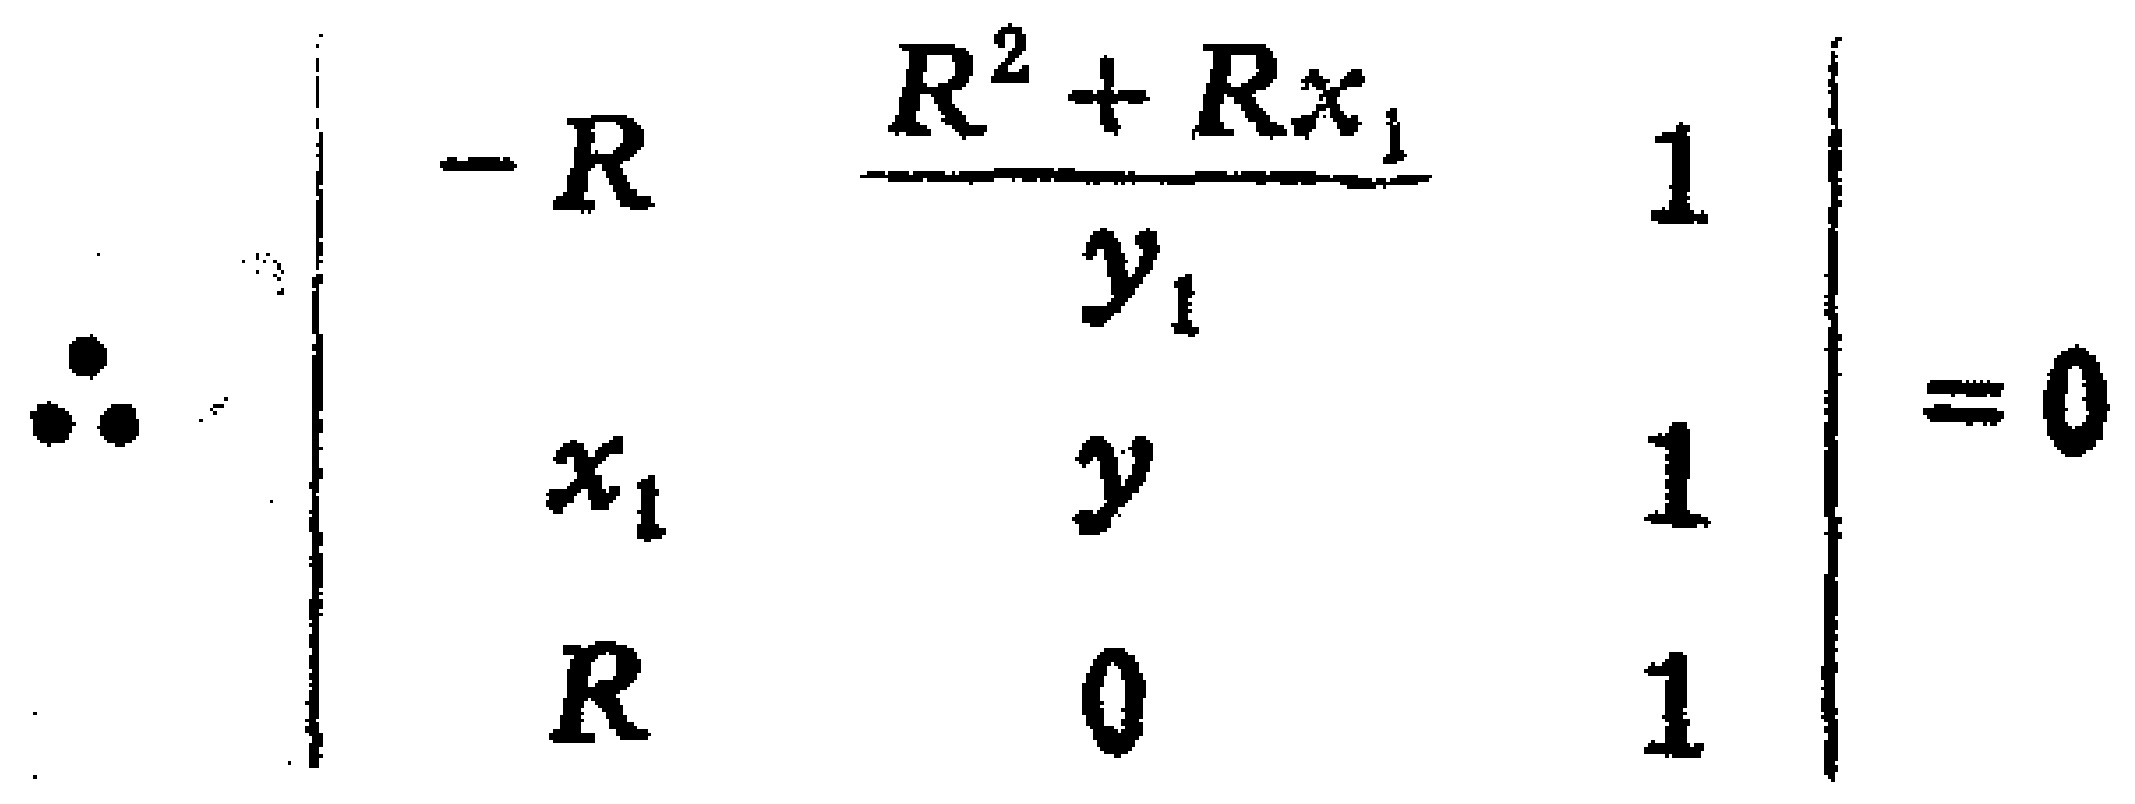
\[\therefore \begin{vmatrix}
-R & \frac{R^{2}+Rx_{1}}{y_{1}} & 1 \\
x_{1} & y & 1 \\
R & 0 & 1
\end{vmatrix}=0\]